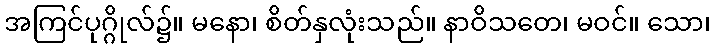
အကြင်ပုဂ္ဂိုလ်၌။ မနော၊ စိတ်နှလုံးသည်။ နာဝိသတေ၊ မဝင်။ သော၊